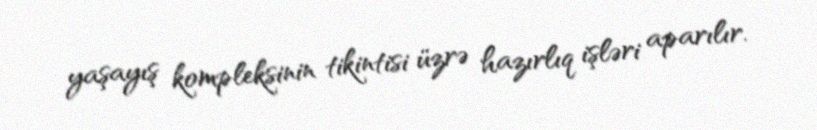
yaşayış kompleksinin tikintisi üzrə hazırlıq işləri aparılır.